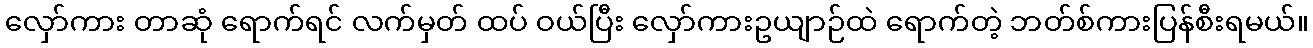
လှော်ကား တာဆုံ ရောက်ရင် လက်မှတ် ထပ် ဝယ်ပြီး လှော်ကားဥယျာဉ်ထဲ ရောက်တဲ့ ဘတ်စ်ကားပြန်စီးရမယ်။